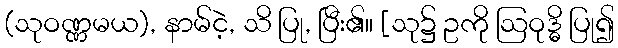
(သုဝဏ္ဏမယ), နာမ်ငဲ့, သိ ပြု, ပြီး၏။ [သု၌ ဥကို ဩဝုဒ္ဓိ ပြု၍